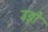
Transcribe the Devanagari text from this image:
उड़ो